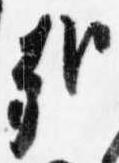
哉